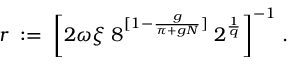
r \; : = \; \bigg [ 2 \omega \xi \; 8 ^ { [ 1 - \frac { g } { \pi + g N } ] } \; 2 ^ { \frac { 1 } { q } } \bigg ] ^ { - 1 } \; .